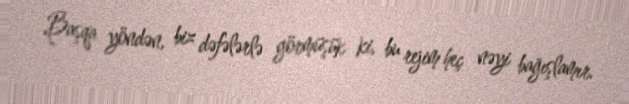
Başqa yöndən, biz dəfələrlə görmüşük ki, bu rejim heç nəyi bağışlamır.